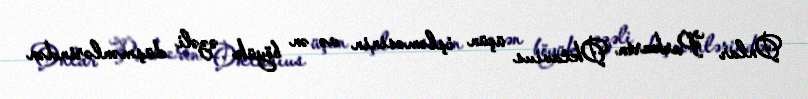
Onlar Parkerin Oktavius üçün işləməsinin və ən böyük əzəli düşmənlərindən